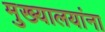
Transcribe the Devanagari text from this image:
मुख्यालयांना